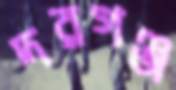
দরগঞ্জ